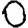
Digit: 0